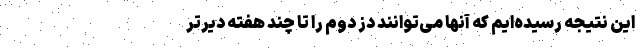
این نتیجه رسیده‌ایم که آنها می‌توانند دُز دوم را تا چند هفته دیرتر